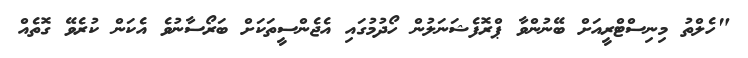
"ހެލްތު މިނިސްޓްރީއަށް ބޭނުންވާ ޕްރޮފެޝަނަލުން ހޯދުމުގައި އެޖެންސީތަކަށް ބަރޯސާނުވެ އެކަން ކުރެވޭ ގޮތެއް